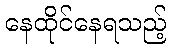
နေထိုင်နေရသည့်